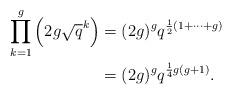
LaTeX: \begin{align*}\prod_{k = 1}^g \left( 2g \sqrt{q}^k \right) &= (2g)^g q^{\frac{1}{2}\left(1 + \cdots + g \right)} \\&= (2g)^g q^{\frac{1}{4} g(g+1)}.\end{align*}